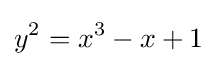
y^{2}=x^{3}-x+1